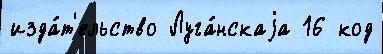
изда́т'ельство Луга́нскаjа 16 код